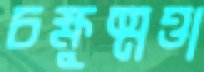
চক্ষুষ্মত্তা